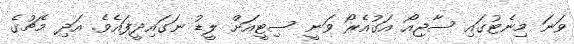
ވަނަ މިނެޓުގައި ސާޖިއޯ އަގުއެރޯ ވަނީ ސިޓީއަށް ލީޑު ނަގައިދީފައެވެ. އަދި މެޗުގެ